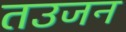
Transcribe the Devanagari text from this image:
तउजन